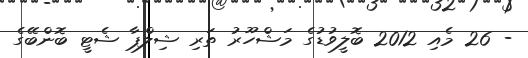
- 26 މެއި 2012 ބޮލީވުޑުގެ މަޝްހޫރު ތަރި ޝިލްޕާ ޝެޓީ ބޮންބޭގެ